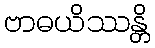
ဗာဓယိဿန္တိ